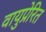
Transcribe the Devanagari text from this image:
वायुप्रेरित